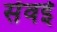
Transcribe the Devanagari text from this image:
सेंवई